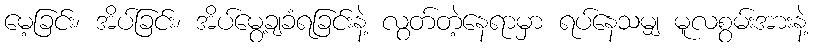
မေ့ခြင်း၊ အိပ်ခြင်း၊ အိပ်မွေ့ချခံရခြင်းနဲ့ လွတ်တဲ့နေရာမှာ ရပ်နေသမျှ မူလစွမ်းအားနဲ့